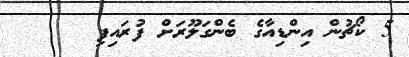
5 ކޯޗުން އިންޑިއާގެ ބެންގަލޫރަށް ފުރައިފި